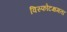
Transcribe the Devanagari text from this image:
विस्फोटक्षमता